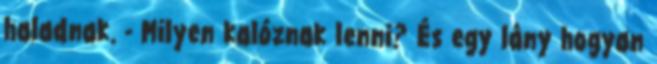
haladnak. - Milyen kalóznak lenni? És egy lány hogyan